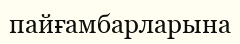
пайғамбарларына